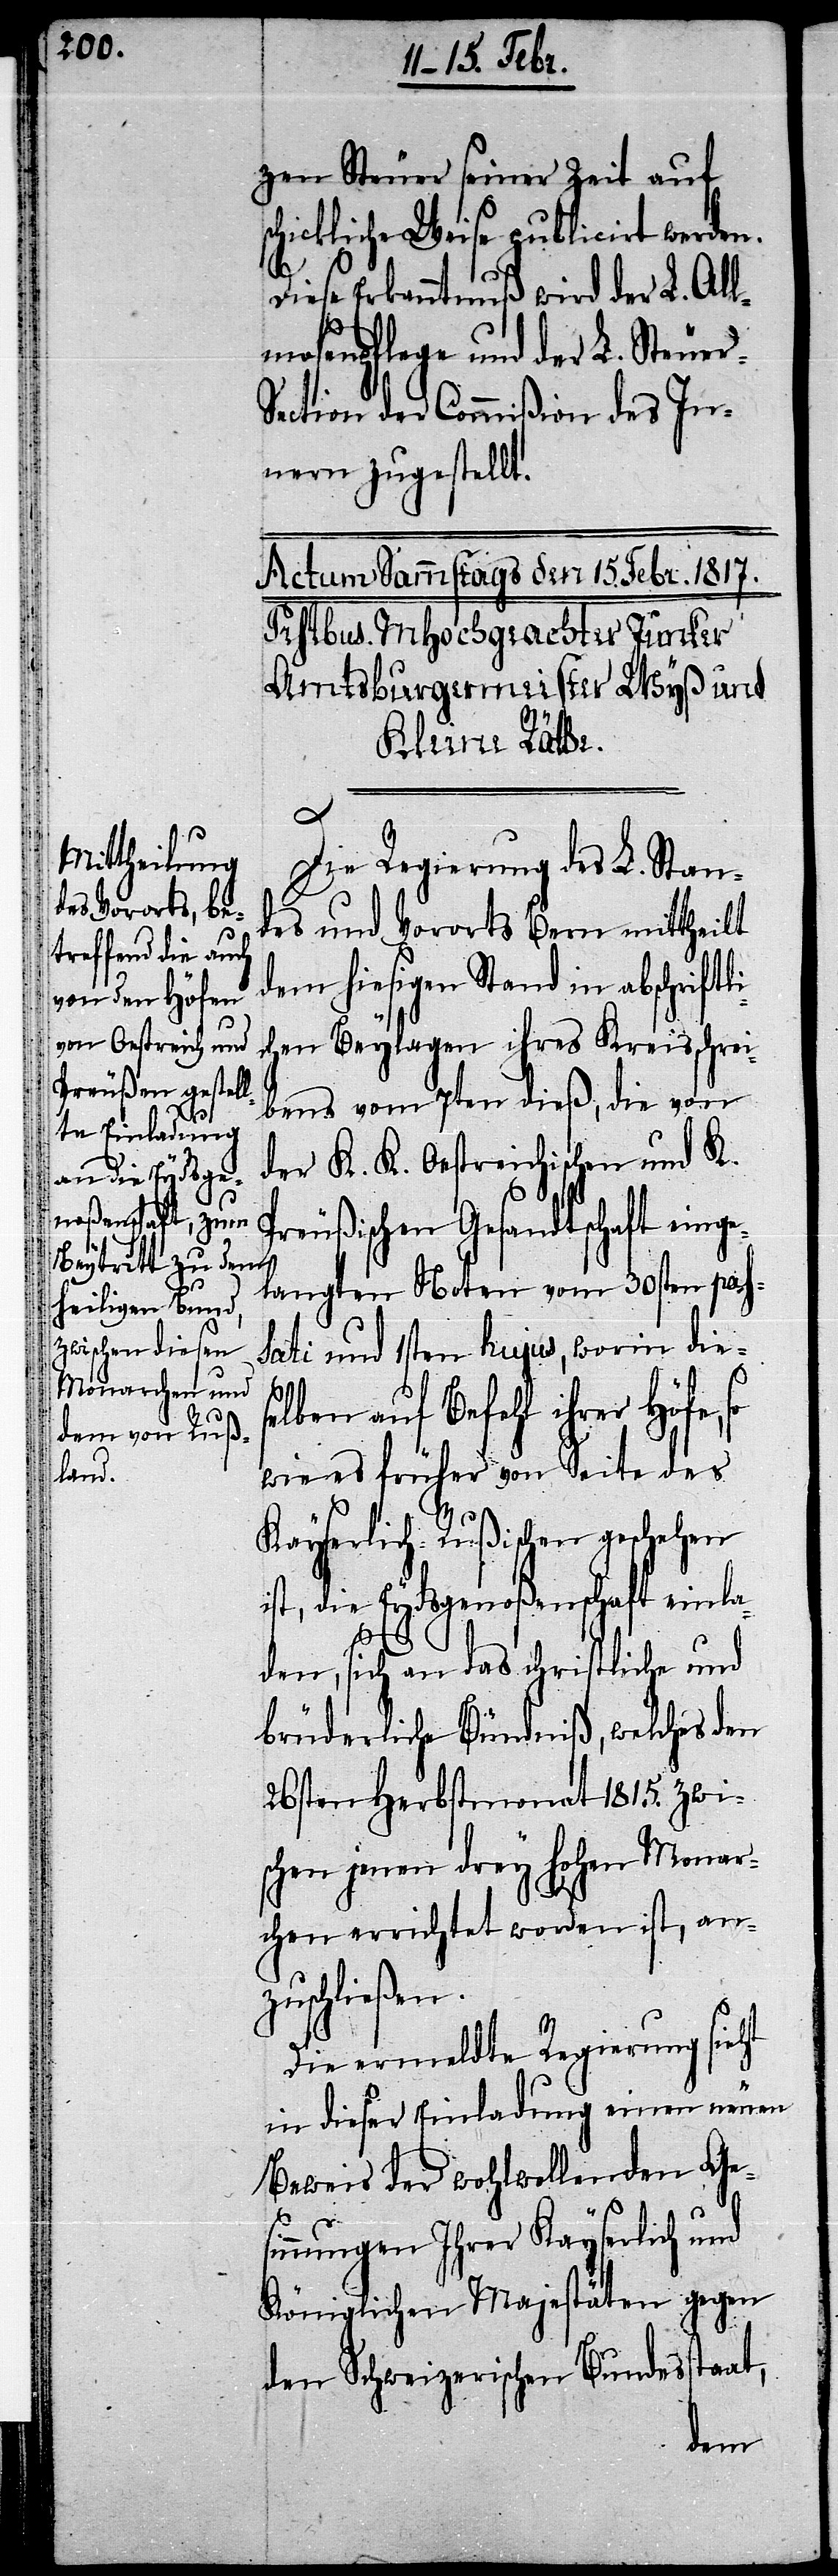
zen Steuer seiner Zeit auf
hickliche Weise publicirt werden.
Diese Erkanntnuß wird der L. All¬
mosenpflege und der L. Steue¬
ection der Commißion des In¬
nern zugestellt.
so
Die Regierung des L. Stan¬
des und Vororts Bern mittheilt
dem hiesigen Stand in abschriftl¬
hen Beylagen ihres Kreisschrei¬
bens vom 7ten dieß, die von
der K. K. Oestreichischen und K.
Preußischen Gesandtschaft eing¬
elangten Noten vom 30sten pass¬
ati und 1sten hujus, worin diese¬
lben auf Befehl ihrer Höfe,
wie es früher von Seite des
Kayserlich-Rußischen geschehen
ist, die Eydsgenoßenschaft einla¬
den, sich an das schriftliche und
brüderliche Bündniß, welches den
26sten Herbstmonat 1815. zwi¬
schen jenen drey hohen Monar¬
chen errichtet worden ist, an¬
zuschließen.
Die ermeldte Regierung sieht
in dieser Einladung einen neuen
Beweis der wohlwollenden Ge¬
sinnungen Ihrer Kayserlich und
Königlichen Majestäten gegen
den Schweizerischen Bundesstaat,